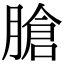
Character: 𦞛